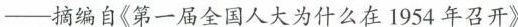
——-摘编自《第一届全国人大为什么在1954年召开》